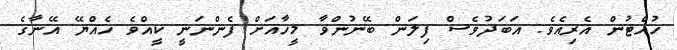
ހުއްޓުން އެރިއެވެ. އަބަދުވެސް ފިލަން ބޭނުންވާ މީހާއަށް ފެންނަނީ ކީއްވެ ހެއްޔޭ އޭނާގެ